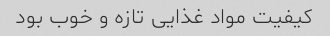
کیفیت مواد غذایی تازه و خوب بود